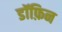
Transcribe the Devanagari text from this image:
डॉफ़िन